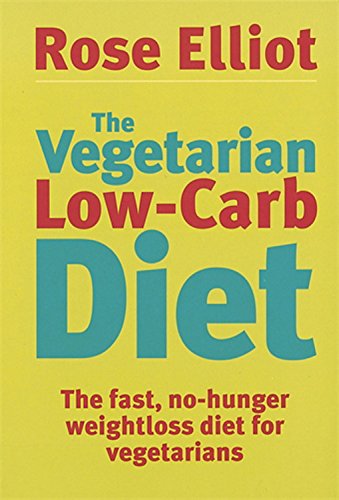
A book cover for The Vegetarian Low-Carb Diet: The Fast, No-Hunger Weightloss Diet for Vegetarians; Rose Elliot; Cookbooks, Food & Wine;